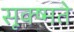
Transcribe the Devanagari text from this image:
सूक्ष्मते